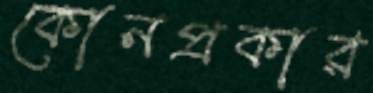
কোনপ্রকার